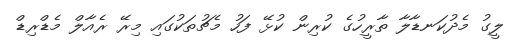
ލީގު މެދުކަނޑާލާ ތާރީހުގެ ކުރިން ކުޅޭ ފަހު މެޗުތަކުގައި މިރޭ ރެއާލް މެޑްރިޑް